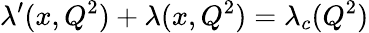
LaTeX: \lambda^{\prime}(x,Q^{2})+\lambda(x,Q^{2})=\lambda_{c}(Q^{2})